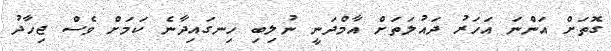
ގޮތަށް އަންނަ އަހަރު ދައުލަތަށް އާމްދަނީ ނުލިބި ހިނގައިދާނެ ކަމަށް ވެސް ޖިހާދު